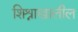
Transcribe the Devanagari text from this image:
शिश्नाखालील